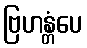
ဗြဟန္တံပေ